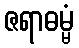
ဇရာဓမ္မံ